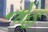
નોહ